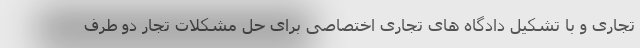
تجاری و با تشکیل دادگاه های تجاری اختصاصی برای حل مشکلات تجار دو طرف